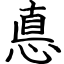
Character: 悳